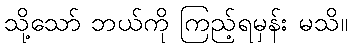
သို့သော် ဘယ်ကို ကြည့်ရမှန်း မသိ။